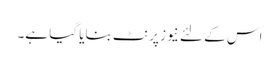
اس کے لئے نیوز پرنٹ بنایا گیا ہے۔